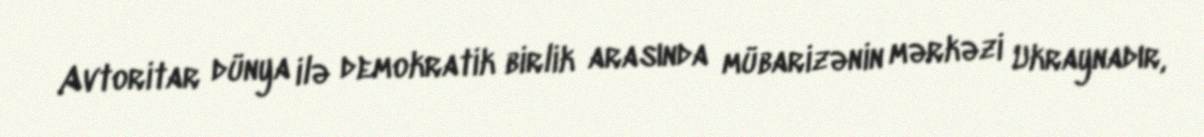
Avtoritar dünya ilə demokratik birlik arasında mübarizənin mərkəzi Ukraynadır,